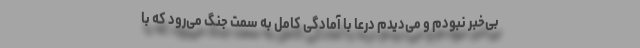
بی‌خبر نبودم و می‌دیدم درعا با آمادگی کامل به سمت جنگ می‌رود که با